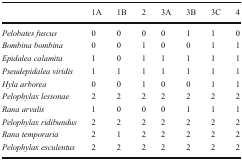
<table><thead><tr><td></td><td><b>1A</b></td><td><b>1B</b></td><td><b>2</b></td><td><b>3A</b></td><td><b>3B</b></td><td><b>3C</b></td><td><b>4</b></td></tr></thead><tbody><tr><td><i>Pelobates fuscus</i></td><td>0</td><td>0</td><td>0</td><td>0</td><td>1</td><td>1</td><td>0</td></tr><tr><td><i>Bombina bombina</i></td><td>0</td><td>0</td><td>1</td><td>0</td><td>0</td><td>1</td><td>1</td></tr><tr><td><i>Epidalea calamita</i></td><td>1</td><td>0</td><td>1</td><td>1</td><td>1</td><td>1</td><td>1</td></tr><tr><td><i>Pseudepidalea viridis</i></td><td>1</td><td>1</td><td>1</td><td>1</td><td>1</td><td>1</td><td>1</td></tr><tr><td><i>Hyla arborea</i></td><td>0</td><td>0</td><td>1</td><td>0</td><td>0</td><td>1</td><td>1</td></tr><tr><td><i>Pelophylax lessonae</i></td><td>2</td><td>2</td><td>2</td><td>2</td><td>2</td><td>2</td><td>2</td></tr><tr><td><i>Rana arvalis</i></td><td>1</td><td>0</td><td>0</td><td>0</td><td>1</td><td>1</td><td>1</td></tr><tr><td><i>Pelophylax ridibundus</i></td><td>2</td><td>2</td><td>2</td><td>2</td><td>2</td><td>2</td><td>2</td></tr><tr><td><i>Rana temporaria</i></td><td>2</td><td>1</td><td>2</td><td>2</td><td>2</td><td>2</td><td>2</td></tr><tr><td><i>Pelophylax esculentus</i></td><td>2</td><td>2</td><td>2</td><td>2</td><td>2</td><td>2</td><td>2</td></tr></tbody></table>